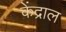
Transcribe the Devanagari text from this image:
केंद्राल